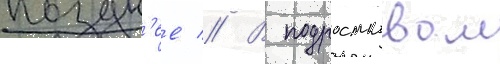
поздн'ее // В подростковом